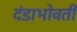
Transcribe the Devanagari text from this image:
दंडाभोवती